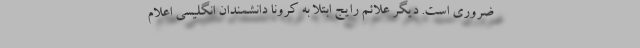
ضروری است. دیگر علائم رایج ابتلا به کرونا دانشمندان انگلیسی اعلام